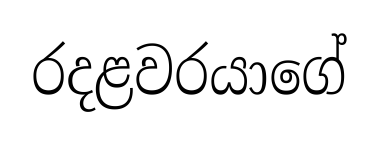
රදළවරයාගේ